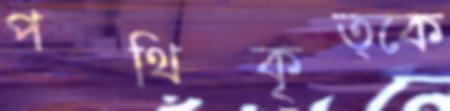
পথিকৃত্কে